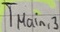
Text: TMain,3